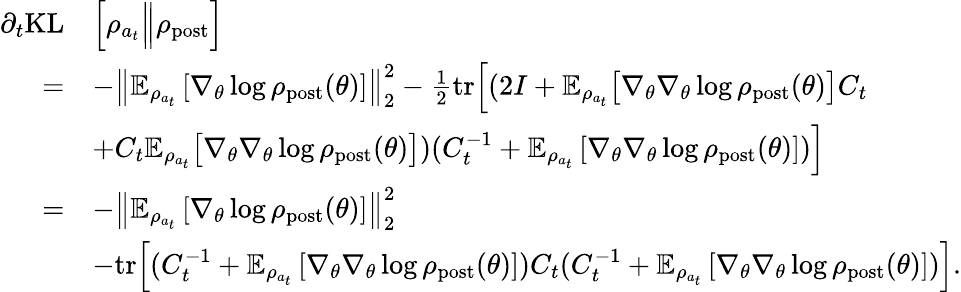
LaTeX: \begin{array}{rl}{\partial_{t}{\mathrm{KL}}}&{\Bigl[\rho_{a_{t}}\Big\Vert\rho_{\mathrm{post}}\Bigr]}\\ {=}&{-\left\| \mathbb{E}_{\rho_{a_{t}}}\left[\nabla_{\theta}\log\rho_{\mathrm{post}}(\theta)\right]\right\| _{2}^{2}-\frac{1}{2}\mathrm{tr}\Bigl[(2I+\mathbb{E}_{\rho_{a_{t}}}\bigl[\nabla_{\theta}\nabla_{\theta}\log\rho_{\mathrm{post}}(\theta)\bigr]C_{t}}\\ &{+C_{t}\mathbb{E}_{\rho_{a_{t}}}\bigl[\nabla_{\theta}\nabla_{\theta}\log\rho_{\mathrm{post}}(\theta)\bigr])(C_{t}^{-1}+\mathbb{E}_{\rho_{a_{t}}}\left[\nabla_{\theta}\nabla_{\theta}\log\rho_{\mathrm{post}}(\theta)\right])\Bigr]}\\ {=}&{-\left\| \mathbb{E}_{\rho_{a_{t}}}\left[\nabla_{\theta}\log\rho_{\mathrm{post}}(\theta)\right]\right\| _{2}^{2}}\\ &{-\mathrm{tr}\Bigl[(C_{t}^{-1}+\mathbb{E}_{\rho_{a_{t}}}\left[\nabla_{\theta}\nabla_{\theta}\log\rho_{\mathrm{post}}(\theta)\right])C_{t}(C_{t}^{-1}+\mathbb{E}_{\rho_{a_{t}}}\left[\nabla_{\theta}\nabla_{\theta}\log\rho_{\mathrm{post}}(\theta)\right])\Bigr].}\end{array}